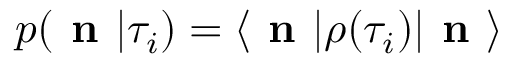
p ( \textbf { n } | \tau _ { i } ) = \langle \textbf { n } | \rho ( \tau _ { i } ) | \textbf { n } \rangle